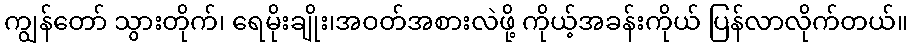
ကျွန်တော် သွားတိုက်၊ ရေမိုးချိုး၊အဝတ်အစားလဲဖို့ ကိုယ့်အခန်းကိုယ် ပြန်လာလိုက်တယ်။